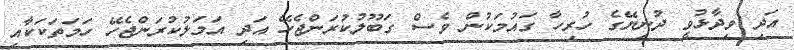
އަދި ވިދާޅުވީ ދުނިޔޭގެ ހުރިހާ ގައުމަކުން ވެސް ގަބޫލުކުރަންޖެހޭ އަދި އަމަލުކުރަންޖެހޭ ހަމަތަކަކާއި